Annual statistical returns and brief notes on vaccination in Bengal - 1896-1909
Year: 1896
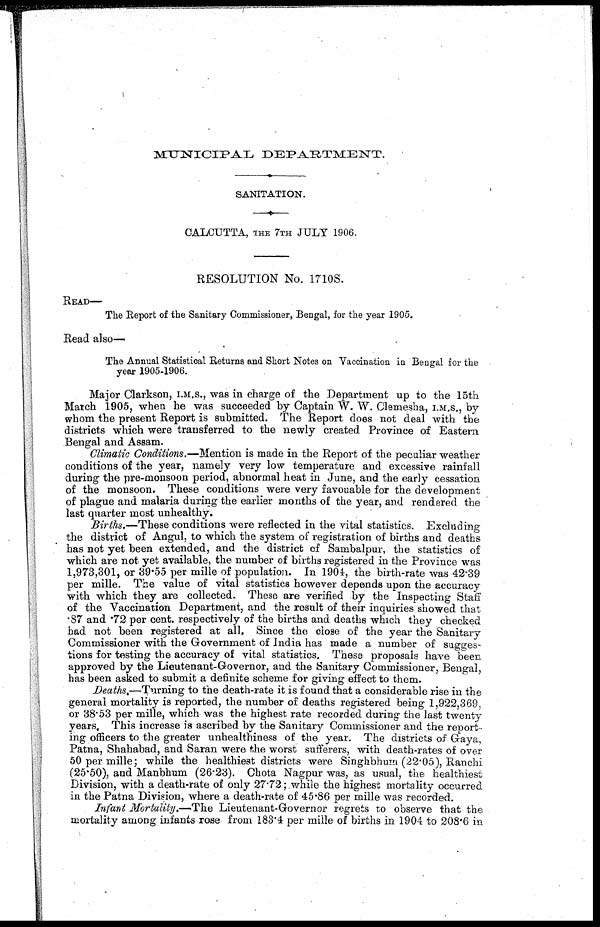
MUNICIPAL
DEPARTMENT.
SANITATION.
CALCUTTA, THE 7TH JULY 1906.
RESOLUTION No. 1710S.
READ—
The Report of the Sanitary Commissioner, Bengal, for the year 1905.
Read also—
The Annual Statistical Returns and Short Notes on Vaccination in Bengal for the
year 1905-1906.
Major Clarkson, I.M.S., was in charge of the Department up to the 15th
March 1905, when he was succeeded by Captain W. W. Clemesha, I.M.S., by
whom the present Report is submitted. The Report does not deal with the
districts which were transferred to the newly created Province of Eastern
Bengal and Assam.
Climatic Conditions.—Mention is made in the Report of the peculiar weather
conditions of the year, namely very low temperature and excessive rainfall
during the pre-monsoon period, abnormal heat in June, and the early cessation
of the monsoon. These conditions were very favouable for the development
of plague and malaria during the earlier months of the year, and rendered the
last quarter most unhealthy.
Births.—These conditions were reflected in the vital statistics. Excluding
the district of Angul, to which the system of registration of births and deaths
has not yet been extended, and the district of Sambalpur, the statistics of
which are not yet available, the number of births registered in the Province was
1,973,301, or 39.55 per mille of population. In 1904, the birth-rate was 42.39
per mille. The value of vital statistics however depends upon the accuracy
with which they are collected. These are verified by the Inspecting Staff
of the Vaccination Department, and the result of their inquiries showed that
.87 and .72 per cent. respectively of the births and deaths which they checked
had not been registered at all. Since the close of the year the Sanitary
Commissioner with the Government of India has made a number of sugges-
tions for testing the accuracy of vital statistics. These proposals have been
approved by the Lieutenant-Governor, and the Sanitary Commissioner, Bengal,
has been asked to submit a definite scheme for giving effect to them.
Deaths.—Turning to the death-rate it is found that a considerable rise in the
general mortality is reported, the number of deaths registered being 1,922,369,
or 38.53 per mille, which was the highest rate recorded during the last twenty
years. This increase is ascribed by the Sanitary Commissioner and the report-
ing officers to the greater unhealthiness of the year. The districts of Gaya,
Patna, Shahabad, and Saran were the worst sufferers, with death-rates of over
50 per mille ; while the healthiest districts were Singhbhum (22.05), Ranchi
(25.50), and Manbhum (26.23). Chota Nagpur was, as usual, the healthiest
Division, with a death-rate of only 27.72; while the highest mortality occurred
in the Patna Division, where a death-rate of 45.86 per mille was recorded.
Infant Mortality.—The Lieutenant-Governor regrets to observe that the
mortality among infants rose from 183.4 per mille of births in 1904 to 208.6 in